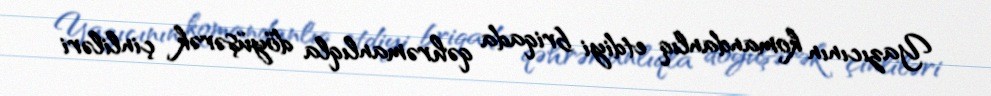
Yazıcının komandanlıq etdiyi briqada qəhrəmanlıqla döyüşərək çinliləri